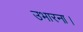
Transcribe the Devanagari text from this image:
उभारना।